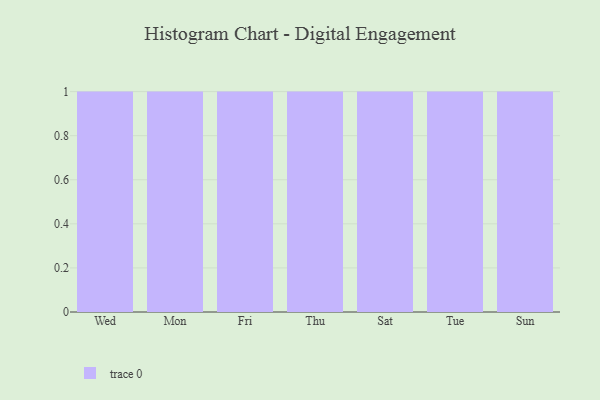
{"axis": {"x": "Day", "y": "Tickets Resolved"}, "legend": [""], "data": [{"x": "Wed", "y": 59, "type": ""}, {"x": "Mon", "y": 94, "type": ""}, {"x": "Fri", "y": 9, "type": ""}, {"x": "Thu", "y": 13, "type": ""}, {"x": "Sat", "y": 66, "type": ""}, {"x": "Tue", "y": 6, "type": ""}, {"x": "Sun", "y": 68, "type": ""}]}